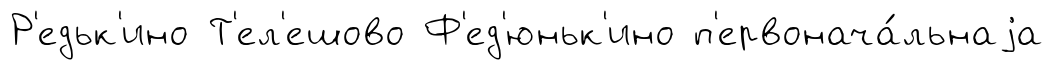
Р'едьк'ино Т'ел'ешово Ф'ед'юньк'ино п'ервонача́льнаjа